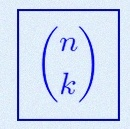
\binom{n}{k}